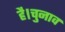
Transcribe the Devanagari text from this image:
है।चुनाव